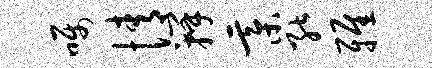
嘱情瓣綦能雅